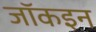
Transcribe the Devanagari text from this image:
जॉकइन